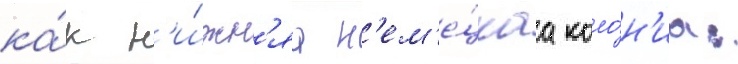
ка́к н'и́жн'яа н'ем'е́цкаа коло́н'иа: